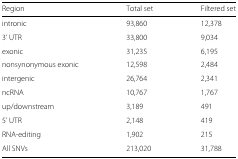
<table><thead><tr><td><b>Region</b></td><td><b>Total set</b></td><td><b>Filtered set</b></td></tr></thead><tbody><tr><td>intronic</td><td>93,860</td><td>12,378</td></tr><tr><td>3’ UTR</td><td>33,800</td><td>9,034</td></tr><tr><td>exonic</td><td>31,235</td><td>6,195</td></tr><tr><td>nonsynonymous exonic</td><td>12,598</td><td>2,484</td></tr><tr><td>intergenic</td><td>26,764</td><td>2,341</td></tr><tr><td>ncRNA</td><td>10,767</td><td>1,767</td></tr><tr><td>up/downstream</td><td>3,189</td><td>491</td></tr><tr><td>5’ UTR</td><td>2,148</td><td>419</td></tr><tr><td>RNA-editing</td><td>1,902</td><td>215</td></tr><tr><td>All SNVs</td><td>213,020</td><td>31,788</td></tr></tbody></table>